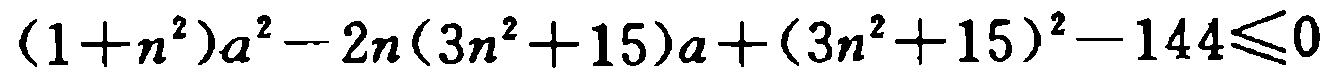
\((1 + n^{2})a^{2}-2n(3n^{2}+15)a+(3n^{2}+15)^{2}-144\leqslant0\)